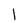
Character: l